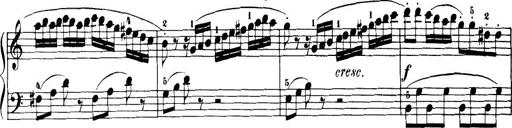
Title: 32 Sonatinas and Rondos for the Piano
Composer: Richard Kleinmichel